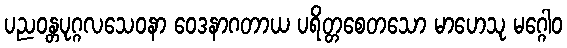
ပညဝန္တပုဂ္ဂလသေဝနာ ဝေဒနာဂတာယ ပရိတ္တစေတသော မာဟေသု မဂ္ဂေါဝ